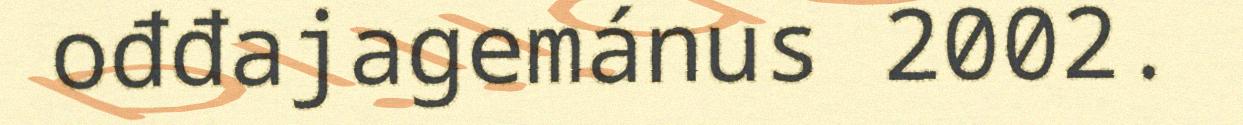
ođđajagemánus 2002.